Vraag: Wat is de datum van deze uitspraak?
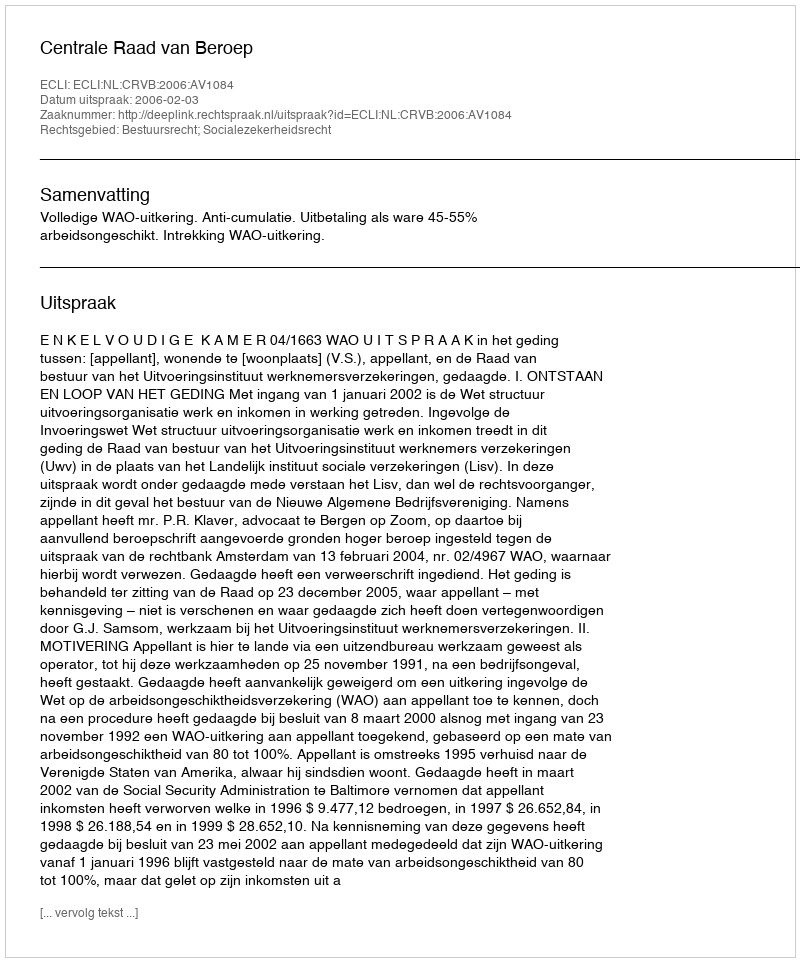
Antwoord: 2006-02-03